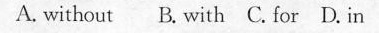
A. without B. with C. for D. in